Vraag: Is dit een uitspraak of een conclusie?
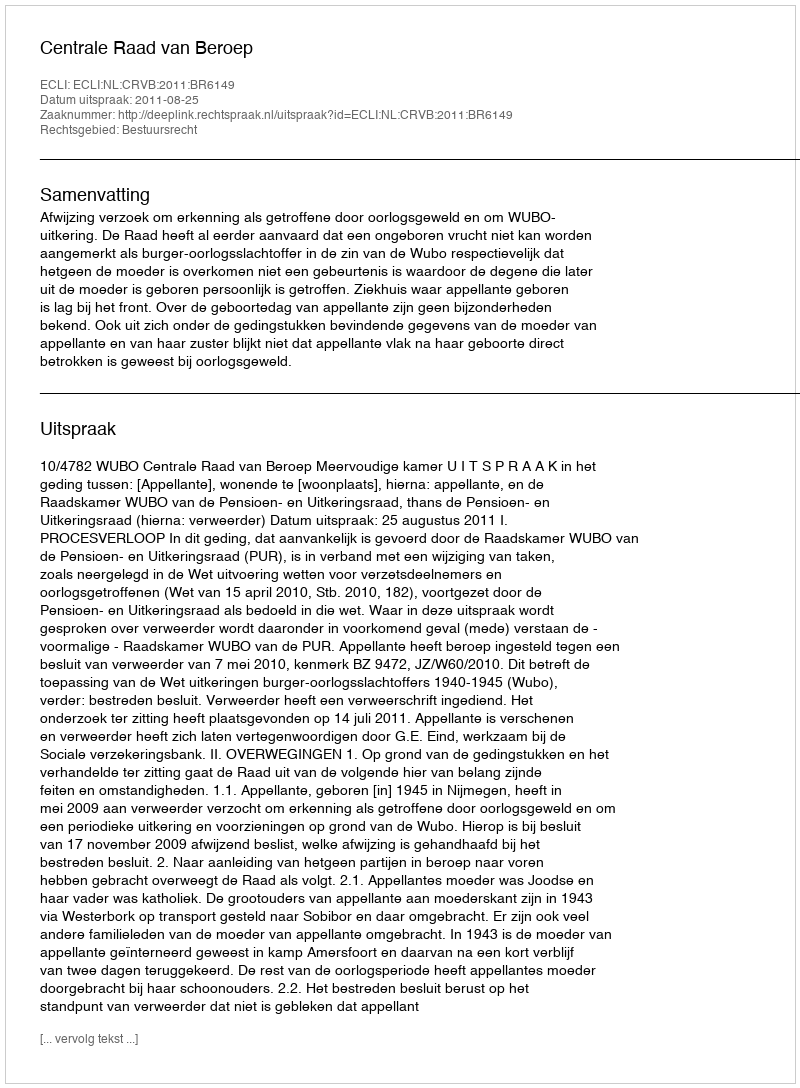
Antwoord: Uitspraak